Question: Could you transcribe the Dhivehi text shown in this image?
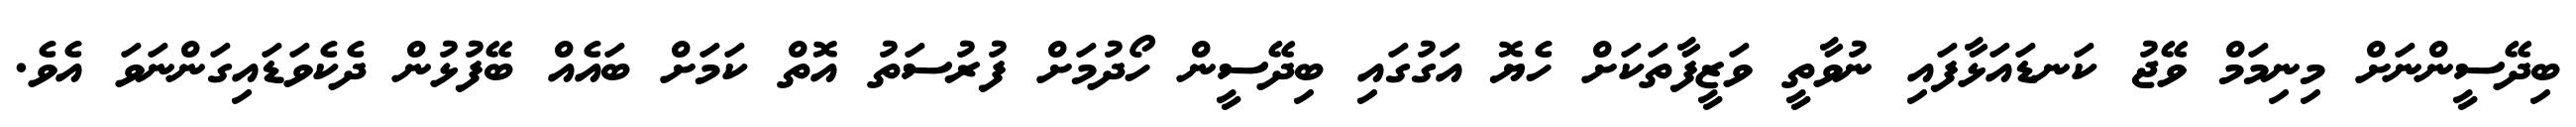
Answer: ބިދޭސީންނަށް މިނިމަމް ވޭޖު ކަނޑައަޅާފައި ނުވާތީ ވަޒީފާތަކަށް ހެޔޮ އަގުގައި ބިދޭސީން ހޯދުމަށް ފުރުސަތު އޮތް ކަމަށް ބައެއް ބޭފުޅުން ދެކެވަޑައިގަންނަވަ އެވެ.